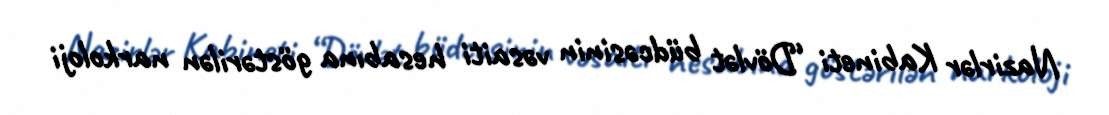
Nazirlər Kabineti “Dövlət büdcəsinin vəsaiti hesabına göstərilən narkoloji